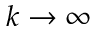
k \to \infty